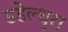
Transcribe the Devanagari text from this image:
डडेल्धुरा